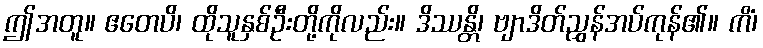
ဤအတူ။ ဧတေပိ၊ ထိုသူနှစ်ဦးတို့ကိုလည်း။ ဒိဿန္တိ၊ ဗျာဒိတ်ညွှန်အပ်ကုန်၏။ ကိံ၊